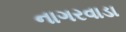
નાગરવાડા